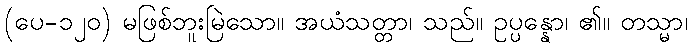
(ပေ-၁၂၀) မဖြစ်ဘူးမြဲသော။ အယံသတ္တာ၊ သည်။ ဥပ္ပန္နော၊ ၏။ တသ္မာ၊